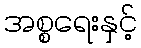
အစ္စရေးနှင့်